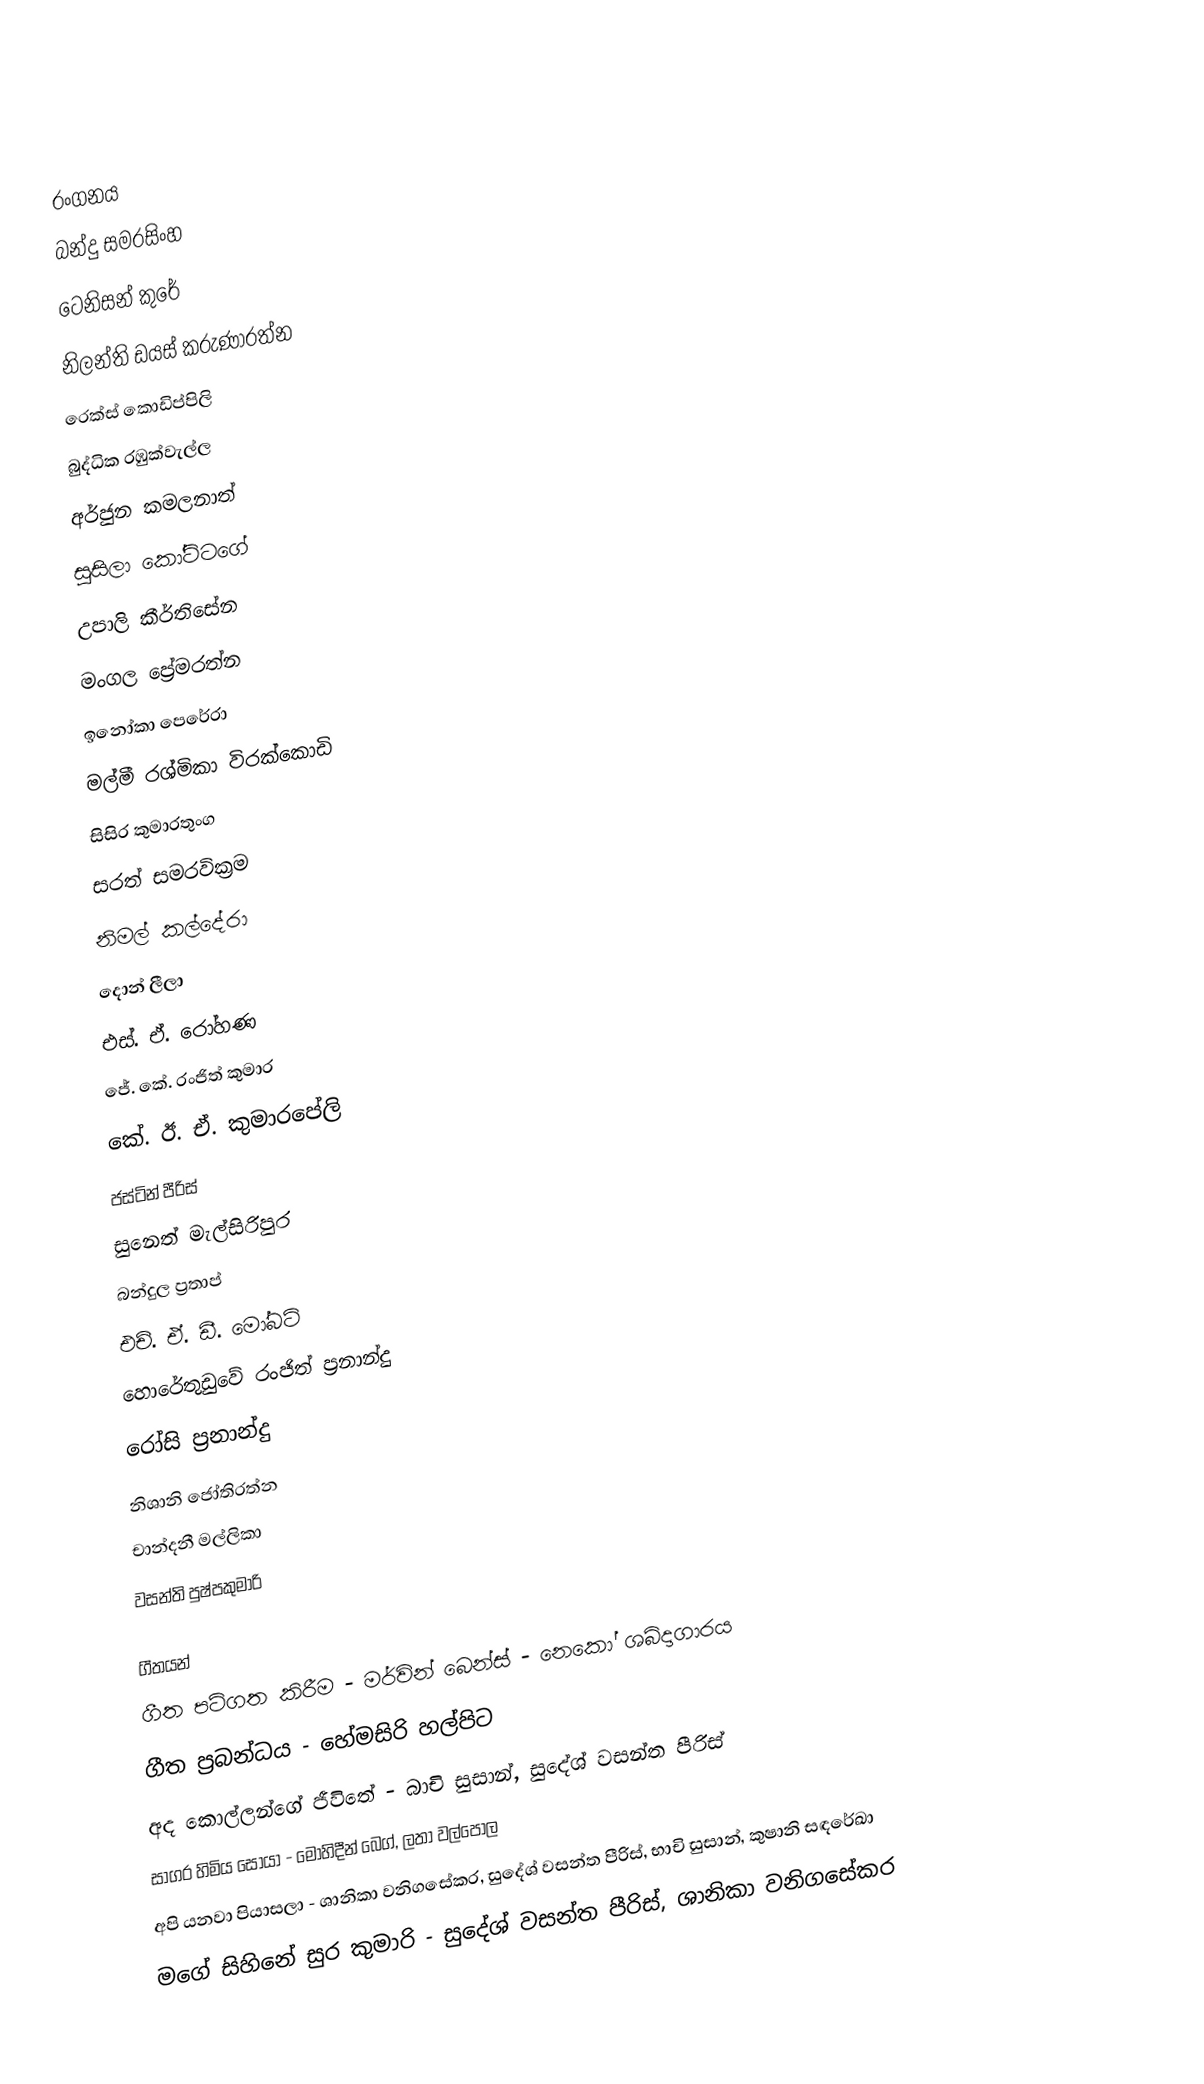

රංගනය
බන්දු සමරසිංහ
ටෙනිසන් කුරේ
නිලන්ති ඩයස් කරුණාරත්න
රෙක්ස් කොඩිප්පිලි
බුද්ධික රඹුක්වැල්ල
අර්ජුන කමලනාත්
සුසිලා කෝට්ටගේ
උපාලි කීර්තිසේන
මංගල ප්‍රේමරත්න
ඉනෝකා පෙරේරා
මල්මී රශ්මිකා විරක්කොඩි
සිසිර කුමාරතුංග
සරත් සමරවික්‍රම
නිමල් කල්දේරා
දොන් ලීලා
එස්. ඒ. රෝහණ
ජේ. කේ. රංජිත් කුමාර
කේ. ඊ. ඒ. කුමාරපේලි
ජස්ටින් පීරිස්
සුනෙත් මැල්සිරිපුර
බන්දුල ප්‍රතාප්
එච්. ඒ. ඩී. මෝබට්
හොරේතුඩුවේ රංජිත් ප්‍රනාන්දු
රෝසි ප්‍රනාන්දු
නිශානි ජෝතිරත්න
චාන්දනී මල්ලිකා
වසන්ති පුෂ්පකුමාරි

ගීතයන්
ගීත පටිගත කිරීම - මර්වින් බෙන්ස් - නෙකෝ ශබ්දාගාරය
ගීත ප්‍රබන්ධය - හේමසිරි හල්පිට
අද කොල්ලන්ගේ ජීවිතේ - බාචි සුසාන්, සුදේශ් වසන්ත පීරිස්
සාගර හිමිය සොයා - මොහිදීන් බෙග්, ලතා වල්පොල
අපි යනවා පියාසලා - ශානිකා වනිගසේකර, සුදේශ් වසන්ත පීරිස්, භාචි සුසාන්, කුෂානි සඳරේඛා
මගේ සිහිනේ සුර කුමාරි - සුදේශ් වසන්ත පීරිස්, ශානිකා වනිගසේකර